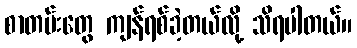
စာတမ်းတွေ ကျန်ရစ်ခဲ့တယ်လို့ သိရပါတယ်။